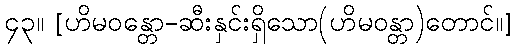
၄၃။ [ဟိမဝန္တော-ဆီးနှင်းရှိသော(ဟိမဝန္တာ)တောင်။]